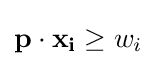
\mathbf {p} \cdot \mathbf {x_{i}} \geq w_{i}